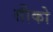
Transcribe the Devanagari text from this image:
तीको